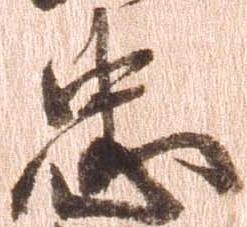
忠